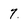
Character: 7